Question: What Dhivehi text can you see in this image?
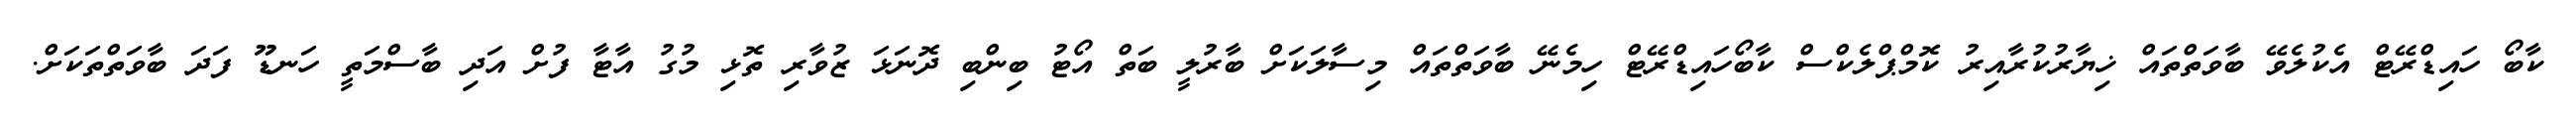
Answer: ކާބޯ ހައިޑްރޭޓް އެކުލެވޭ ބާވަތްތައް ޚިޔާރުކުރާއިރު ކޮމްޕްލެކްސް ކާބޯހައިޑްރޭޓް ހިމެނޭ ބާވަތްތައް މިސާލަކަށް ބާރުލީ ބަތް އޯޓު ބިންބި ދޮނަޅަ ޒުވާރި ތޮޅި މުގު އާޓާ ފުށް އަދި ބާސްމަތީ ހަނޑޫ ފަދަ ބާވަތްތަކަށް.